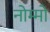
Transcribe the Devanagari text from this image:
नोम्मो